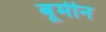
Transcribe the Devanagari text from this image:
बूमीन